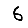
Digit: 6